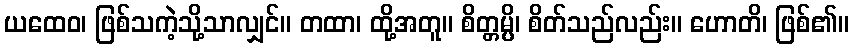
ယထေဝ၊ ဖြစ်သကဲ့သို့သာလျှင်။ တထာ၊ ထို့အတူ။ စိတ္တမ္ပိ၊ စိတ်သည်လည်း။ ဟောတိ၊ ဖြစ်၏။